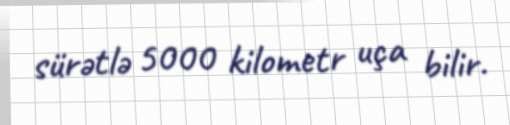
sürətlə 5000 kilometr uça bilir.